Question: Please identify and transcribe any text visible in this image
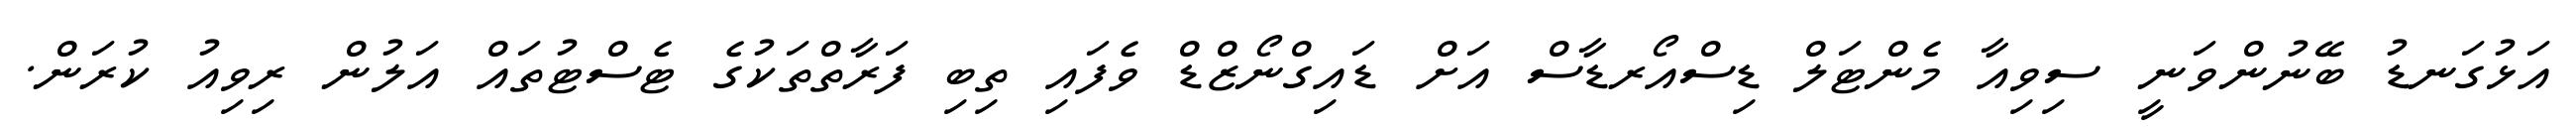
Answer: އަޅުގަނޑު ބޭނުންވަނީ ސިވިއާ މެންޓަލް ޑިސްއޯރޑާސް އަށް ޑައިގްނޯޒްޑް ވެފައި ތިބި ފަރާތްތަކުގެ ޓެސްޓުތައް އަލުން ރިވިއު ކުރަން.